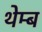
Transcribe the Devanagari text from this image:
थेम्ब